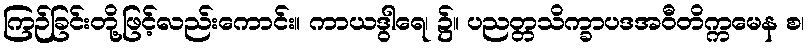
ကြဉ်ခြင်းတို့ဖြင့်လည်းကောင်း။ ကာယဒွါရေ၊ ၌။ ပညတ္တသိက္ခာပဒအဝီတိက္ကမေန စ၊